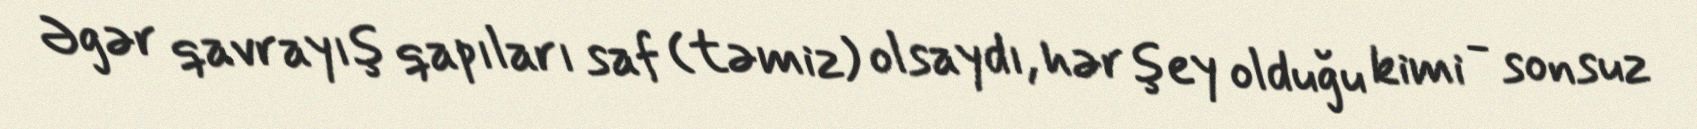
Əgər qavrayış qapıları saf (təmiz) olsaydı, hər şey olduğu kimi - sonsuz